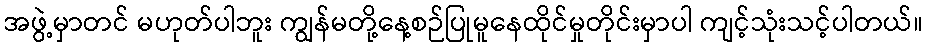
အဖွဲ့မှာတင် မဟုတ်ပါဘူး ကျွန်မတို့နေ့စဉ်ပြုမူနေထိုင်မှုတိုင်းမှာပါ ကျင့်သုံးသင့်ပါတယ်။